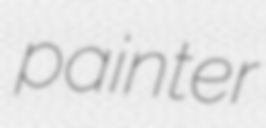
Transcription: painter